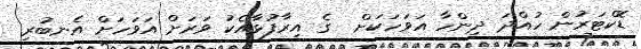
ޑޮކްޓަރުން ހުއްދަ ދިންހާ އަވަހަކަށް  ގެ އިރާފުޅާއެކު ވަރަށް އަވަހަށް އެނބުރި